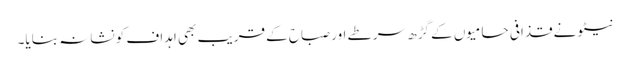
نیٹو نے قذافی حامیوں کے گڑھ سرطے اور صباح کے قریب بھی اہداف کو نشانہ بنایا۔